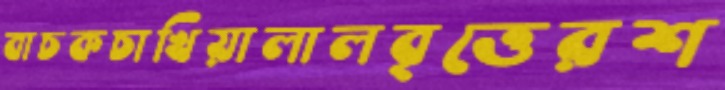
বাচকচাখিয়ালালবৃত্তেরশ